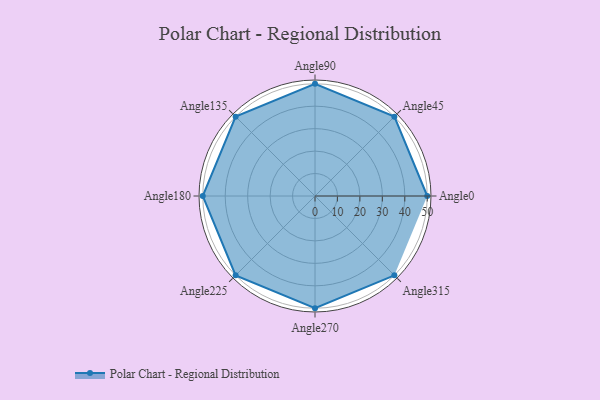
{"axis": {"x": "Angle", "y": "Radius"}, "legend": [""], "data": [{"x": "Angle0", "y": 50, "type": ""}, {"x": "Angle45", "y": 50, "type": ""}, {"x": "Angle90", "y": 50, "type": ""}, {"x": "Angle135", "y": 50, "type": ""}, {"x": "Angle180", "y": 50, "type": ""}, {"x": "Angle225", "y": 50, "type": ""}, {"x": "Angle270", "y": 50, "type": ""}, {"x": "Angle315", "y": 50, "type": ""}]}